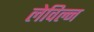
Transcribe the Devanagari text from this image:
लेविल्न